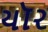
યૉર